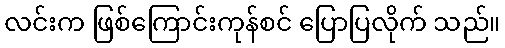
လင်းက ဖြစ်ကြောင်းကုန်စင် ပြောပြလိုက် သည်။